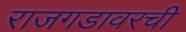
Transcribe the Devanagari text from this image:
राजगडावरची